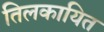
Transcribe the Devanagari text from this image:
तिलकायित